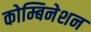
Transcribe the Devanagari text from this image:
कोम्बिनेशन